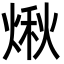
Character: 煍